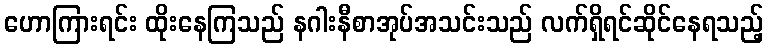
ဟောကြားရင်း ထိုးနေကြသည် နဂါးနီစာအုပ်အသင်းသည် လက်ရှိရင်ဆိုင်နေရသည့်